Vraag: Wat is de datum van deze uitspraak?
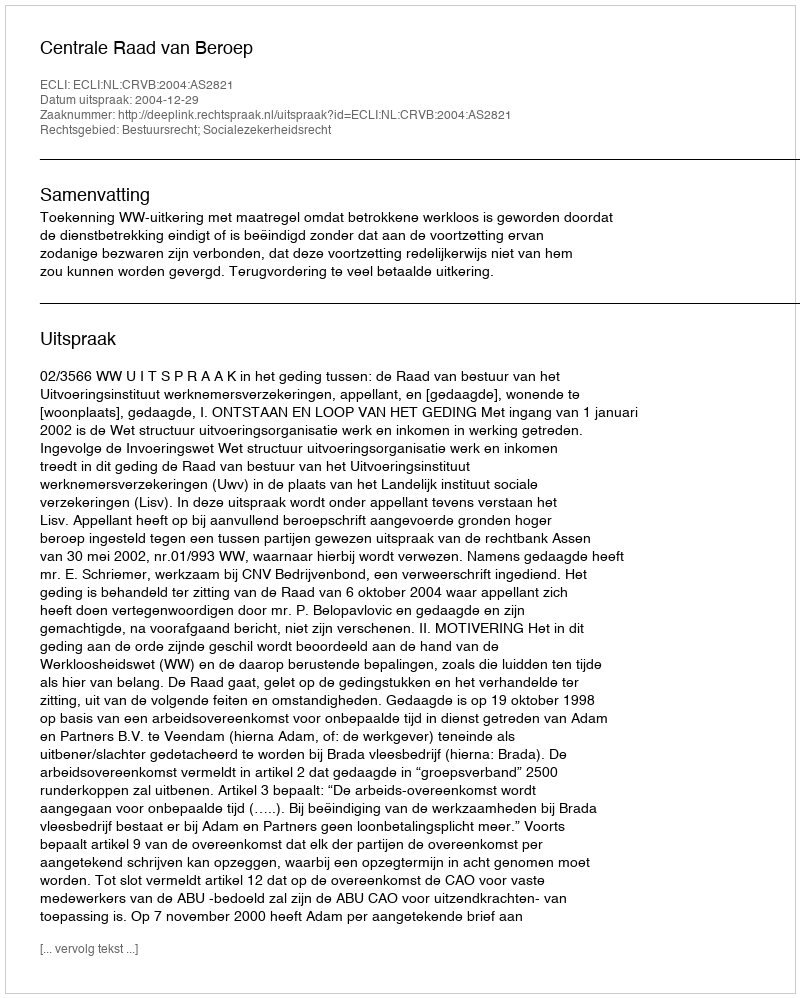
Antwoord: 2004-12-29